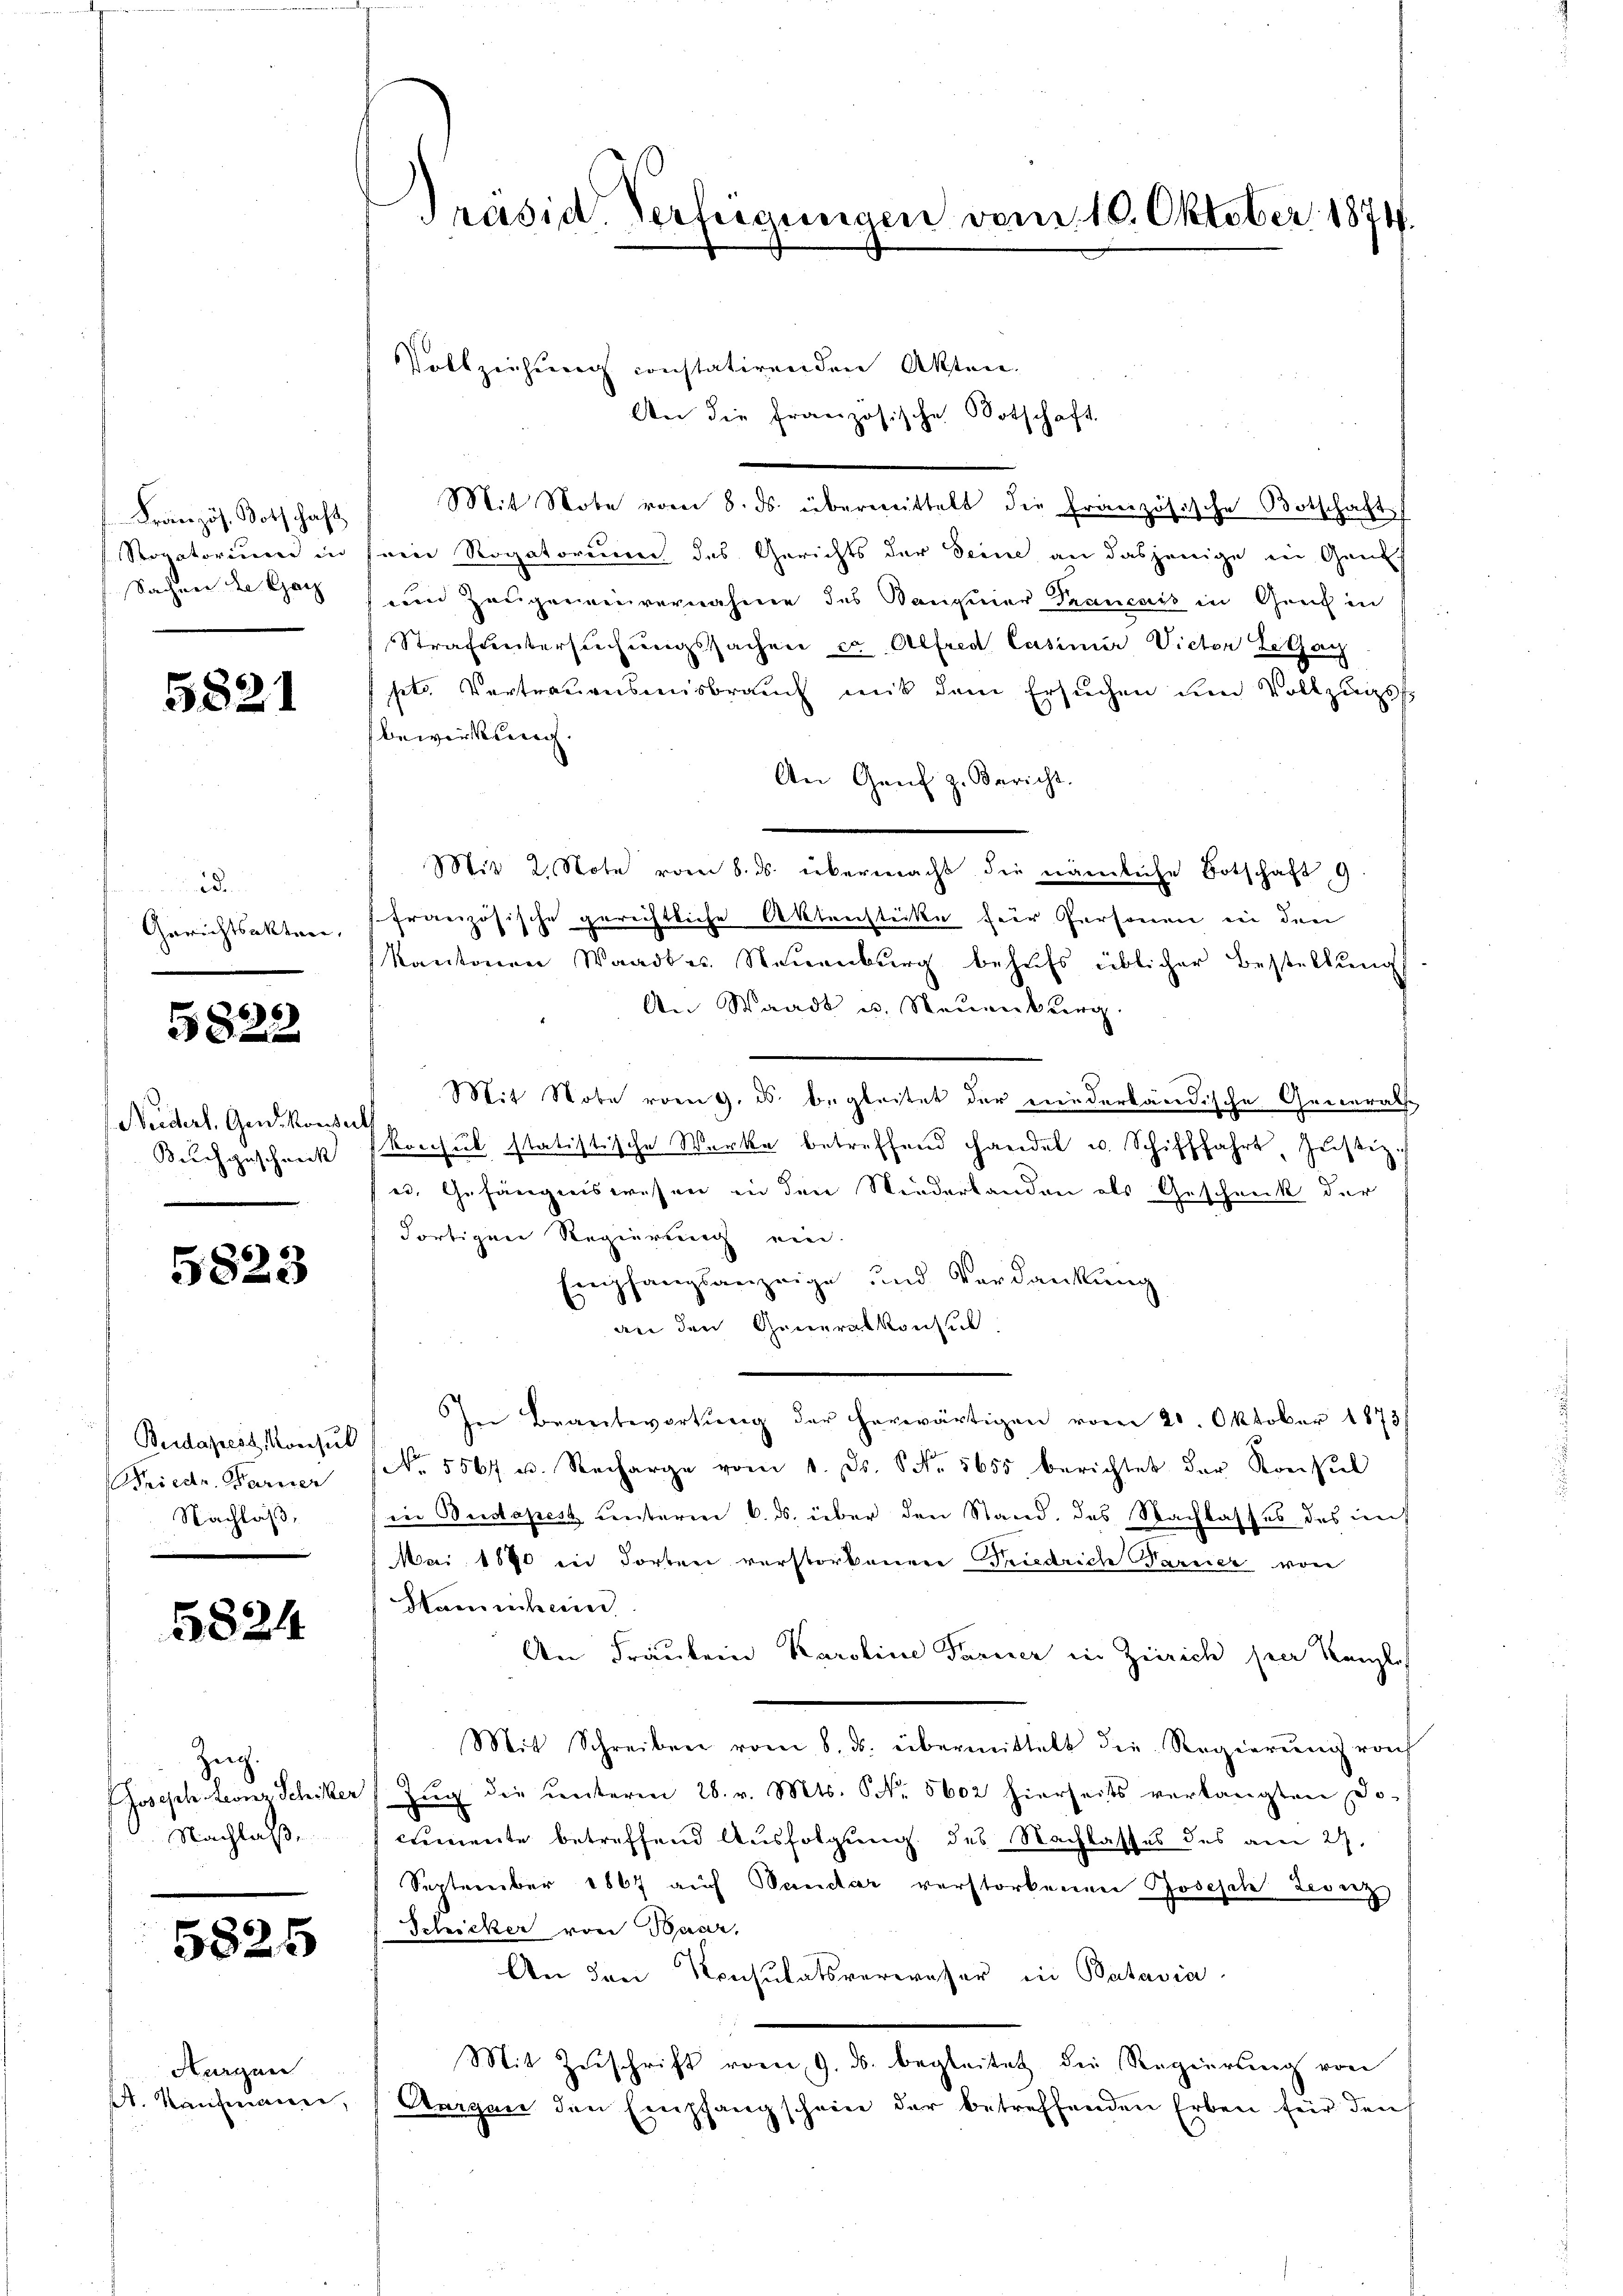
Französ. Botschaft
Sogatorium in
Sachnen der Ganz

5821

de
Gerichtsakten,

5822

Neidert, Gen. Konser
Buchgeschreck

5823

Budapest, Konsul
Friedr. Pariser
Nachlaß

5824

Zeig.
d
Joseph Leonz Schiker
Nachlaß.

5825

Hurgen
A. Kaufmann

s

Präsid. Verfügungen vom 10. Oktober 1874.

Vollziehung constatirenden Akten.
An die französische Botschaft
Mit Note vom 8. ds. übermittelt die Französische Botschaft
ein Rogatorium des Gerichts der Seine an dasjenige in Ganth
ven Zeugendenvernahme des Bangener Trançais in Graf in
Strafuntersuchungssachen ca Alfred Casimir Victor Letzan
ptr. Vertrauensmisbrauch mit dem Ersuchen um Vollzugssbewirkung.
An Genf z. Bericht.
Mit 2. Note vom 8. ds. übermacht die nämliche Botschaft 9.
französische gerichtliche Aktenstücke für Personen in den
Kantonen Waadte. Neuenburg behufs üblicher Bestellung
An Waadt u. Neuenburg
Mit Nobe vom 9. ds. begleitet der niederbändische Generals
konsul statistische Werke betreffend handel u. Schifffahrt Justiz.
es. Gefängniswesen in den Niederbanden als Geschenk der
Fortigen Regierung ein.
Empfangsanzeige und Verdankung
an den Generalkonsul
In Beantwortung der herwärtigen vom 20. Oktober 1873
No. 5567 u. Recharge vom 1. ds. S. Nr. 5655 berichtet der Konsul
in Budapest unterm 6. ds. über den Stand, des Nachlasses des ins
MMai 1890 in Forter verstorbenere Friedrich Pareier von
Kaninchen
An Fraukein Karoline Farner in Zürich sein Kanzle
Mit Schreiben vom 8. ds. übermittelt die Regierŭng von
Zŭg die ŭnterm 28. v. Mts. No. 5602 hierseits verlangten Do-
cremente betreffend Ausfolgung des Nachlasses des am 27.
September 1867 auf Bandar verstorbenen Joseph Leonz
Schicker von Baar,
An den Konsulatsverweser in Batavia
Mit Zuschrift vom 9. ds. begleitet die Regierung von
Aargau den Empfangschein der betreffenden Erben für den